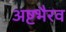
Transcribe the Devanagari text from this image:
अष्टभैरव